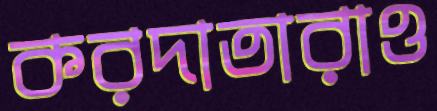
করদাতারাও